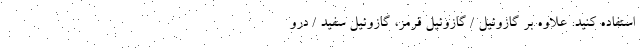
استفاده کنید. علاوه بر گازوئیل / گازوئیل قرمز، گازوئیل سفید / درو